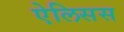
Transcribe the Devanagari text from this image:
ऐलिसस